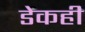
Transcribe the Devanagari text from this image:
डेकही